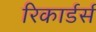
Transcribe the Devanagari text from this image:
रिकार्डर्स